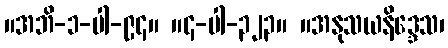
။အဘိ-၁-ပါ-၉၄။ ။၄-ပါ-၃၂၃။ ။အနုသယနိဒ္ဒေသ၊